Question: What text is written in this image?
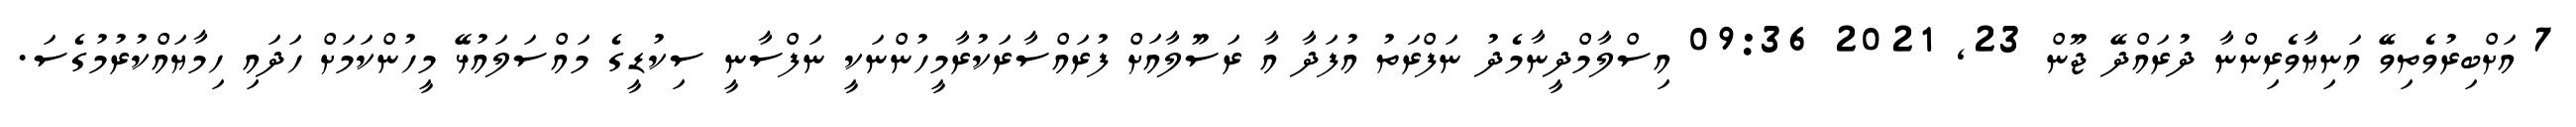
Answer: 7 އަށްބިރުވެތިވޭ އަނިޔާވެރިންނާ ދުރައްދޭ ޖޫން 23, 2021 09:36 އިސްލާމްދީނާމެދު ނަފްރަތު އުފަދާ އާ ރަސޫލާއަށް ފުރައްސާރަކުރާމީހުންނަކީ ނަފްސާނީ ސިކުޑީގެ މައްސަލައުޅޭ މީހުންކަމަށް ހަދައި ހިމާޔައްކުރުމުގެސަ.